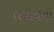
તપાવવા